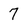
Character: 7